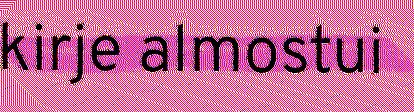
kirje almostui